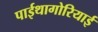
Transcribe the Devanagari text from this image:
पाईथागोरियाई